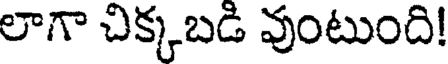
లాగా చిక్కబడి వుంటుంది!